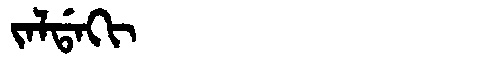
Manchu: ᠵᠠᠯᡩᠠᡴᡳ
Romanization: JALDAKI